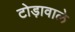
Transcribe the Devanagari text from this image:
टोड़ावाले